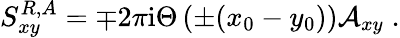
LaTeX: S_{xy}^{R,A}=\mp 2\pi{\mathrm i}\Theta\left(\pm(x_{0}-y_{0})\right){\cal A}_{xy}\; .